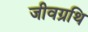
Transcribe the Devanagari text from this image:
जीवग्रथि